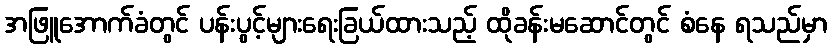
အဖြူအောက်ခံတွင် ပန်းပွင့်များရေးခြယ်ထားသည့် ထိုခန်းမဆောင်တွင် စံနေ ရသည်မှာ